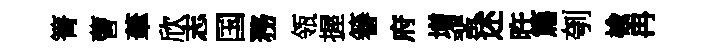
箐曹茟欣志国務瓴握簮府增蜚述旿篇刳楡冉